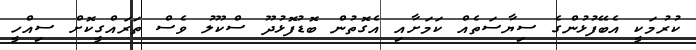
ކުރުމަކީ އެބޭފުޅުންގެ ސިޔާސަތެއް ކަމަށާއި އެގޮތުން ބޮޑުފޮޅުދޫ ސްކޫލު ވެސް ތަރައްގީކޮށް ސިއްހީ